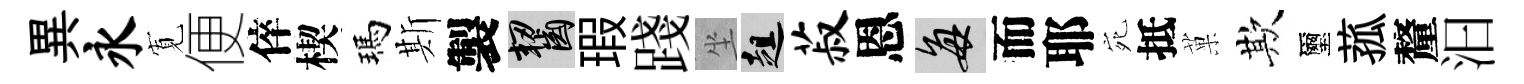
異永𡩖便倅楔瑪斯製齧瑕踐坐趄菽恩每而耶宛抵菓欺璽菰釐汩